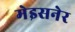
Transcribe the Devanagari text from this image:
मेइसनेर